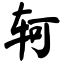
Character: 轲